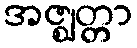
အဇ္ဈတ္တာ